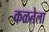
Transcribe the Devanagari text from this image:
कळतेला